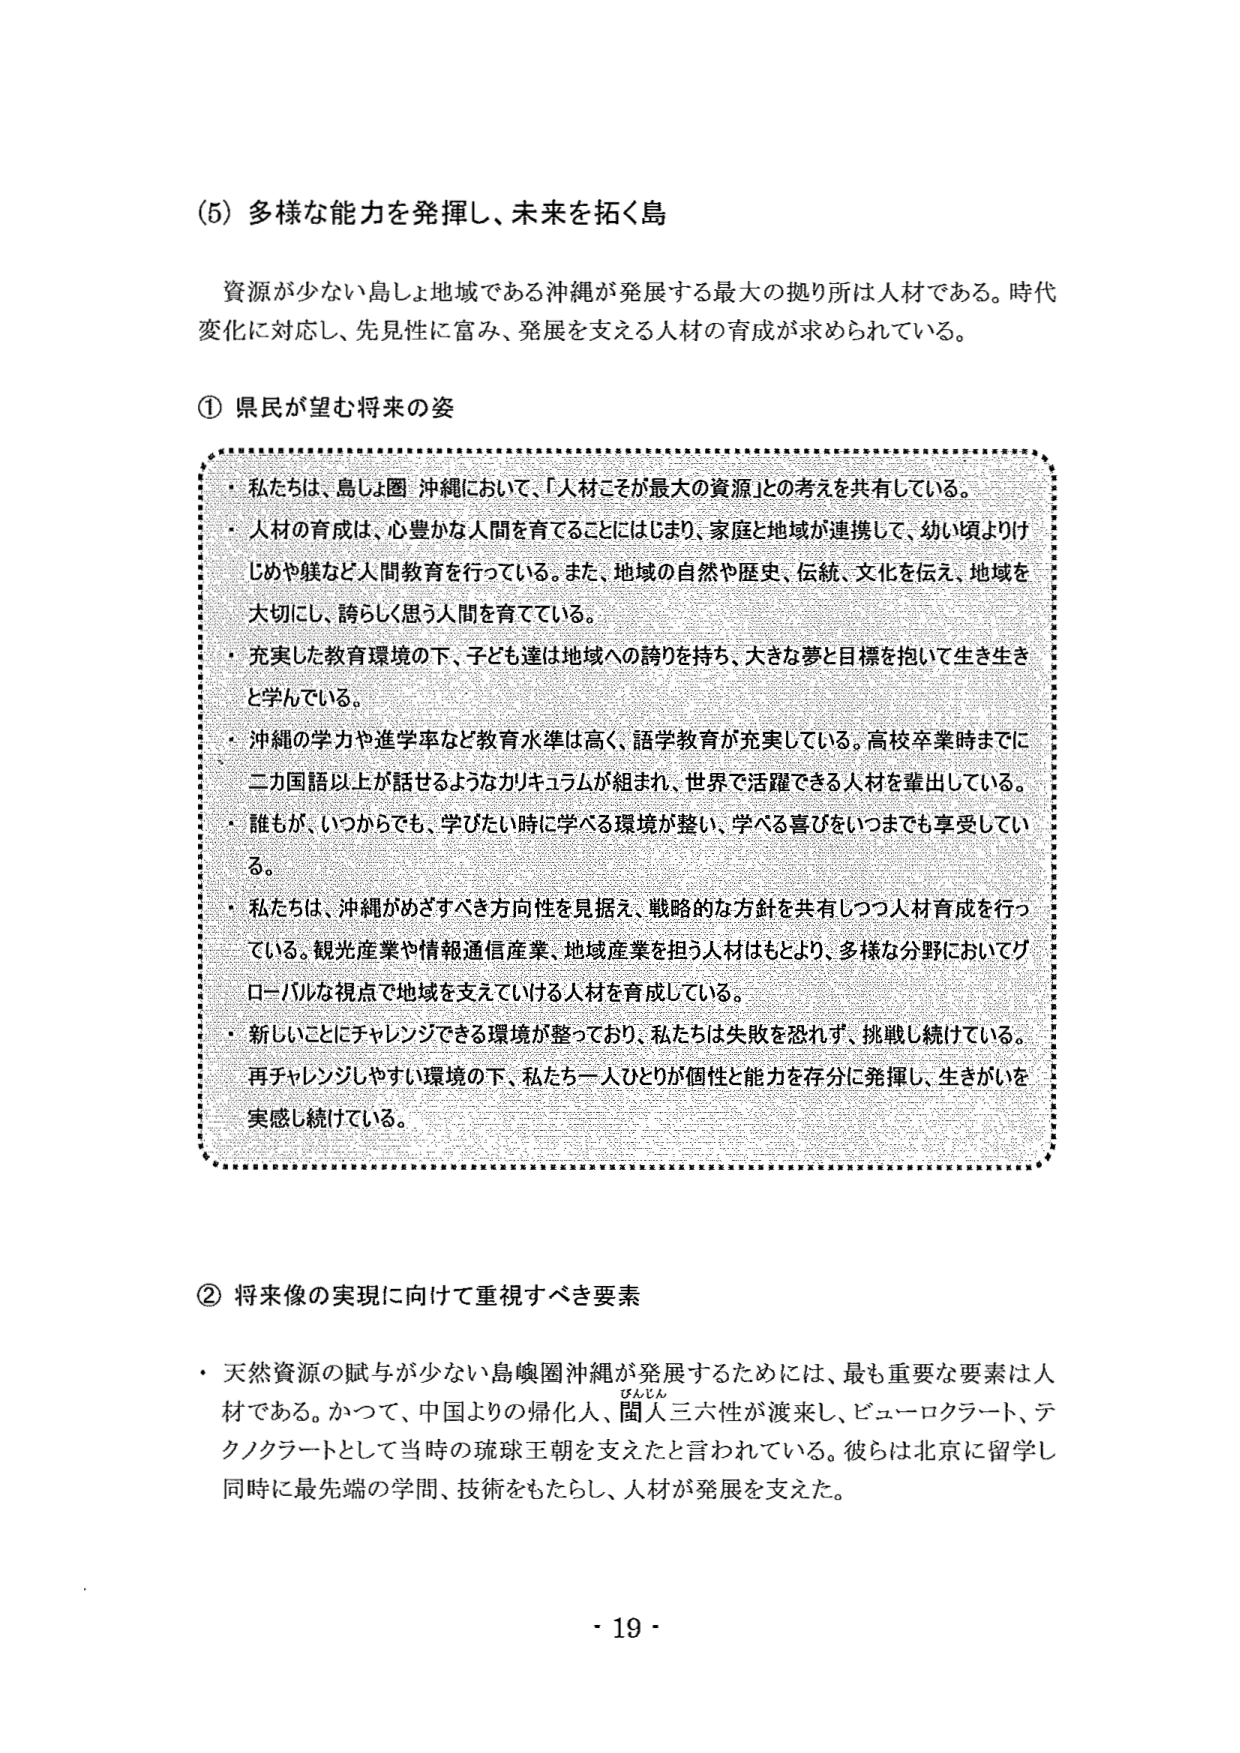
(5) 多様な能力を発揮し、未来を拓く島

資源が少ない島しょ地域である沖縄が発展する最大の拠り所は人材である。時代変化に対応し、先見性に富み、発展を支える人材の育成が求められている。

① 県民が望む将来の姿

・私たちは、島しょ圏 沖縄において、「人材こそが最大の資源」との考えを共有している。
・人材の育成は、心豊かな人間を育てることにはじまり、家庭と地域が連携して、幼い頃よりけじめや躾など人間教育を行っている。また、地域の自然や歴史、伝統、文化を伝え、地域を大切にし、誇らしく思う人間を育てている。
・充実した教育環境の下、子ども達は地域への誇りを持ち、大きな夢と目標を抱いて生き生きと学んでいる。
・沖縄の学力や進学率など教育水準は高く、語学教育が充実している。高校卒業時までに二カ国語以上が話せるようなカリキュラムが組まれ、世界で活躍できる人材を輩出している。
・誰もが、いつからでも、学びたい時に学べる環境が整い、学べる喜びをいつまでも享受している。
・私たちは、沖縄がめざすべき方向性を見据え、戦略的な方針を共有しつつ人材育成を行っている。観光産業や情報通信産業、地域産業を担う人材はもとより、多様な分野においてグローバルな視点で地域を支えていける人材を育成している。
・新しいことにチャレンジできる環境が整っており、私たちは失敗を恐れず、挑戦し続けている。再チャレンジしやすい環境の下、私たち一人ひとりが個性と能力を存分に発揮し、生きがいを実感し続けている。

② 将来像の実現に向けて重視すべき要素

・天然資源の賦与が少ない島嶼圏沖縄が発展するためには、最も重要な要素は人材である。かつて、中国よりの帰化人、閩人三六性が渡来し、ビューロクラート、テクノクラートとして当時の琉球王朝を支えたと言われている。彼らは北京に留学し同時に最先端の学問、技術をもたらし、人材が発展を支えた。

- 19 -